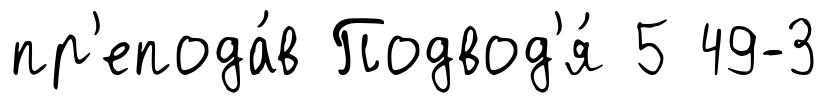
пр'епода́в Подвод'я́ 5 49-3